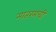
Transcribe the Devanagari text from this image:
मातरमची